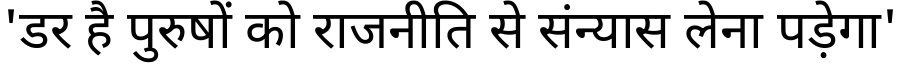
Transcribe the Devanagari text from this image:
'डर है पुरुषों को राजनीति से संन्यास लेना पड़ेगा'